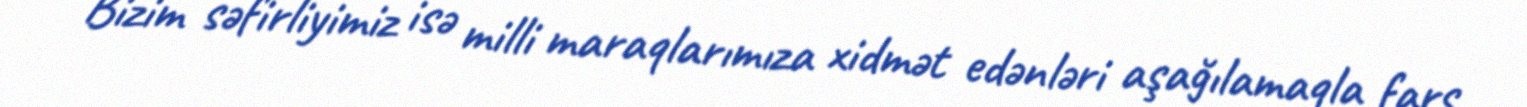
Bizim səfirliyimiz isə milli maraqlarımıza xidmət edənləri aşağılamaqla fars